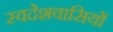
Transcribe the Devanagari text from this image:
स्वदेशवासियों